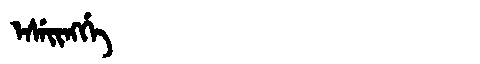
Manchu: ᡝᠰᡝᡳᠩᡤᡝ
Romanization: ESEINGGE